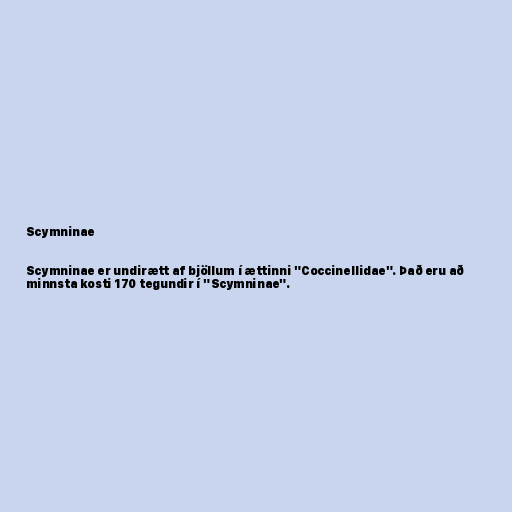
Scymninae

Scymninae er undirætt af bjöllum í ættinni "Coccinellidae". Það eru að
minnsta kosti 170 tegundir í "Scymninae".